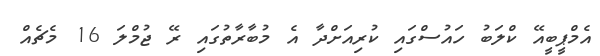
އެމްޕީބީއޭ ކްލަބު ހައުސްގައި ކުރިއަށްދާ އެ މުބާރާތުގައި ރޭ ޖުމްލަ 16 މެޗެއް